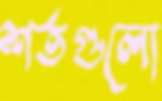
শর্তগুলো